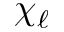
\chi _ { \ell }